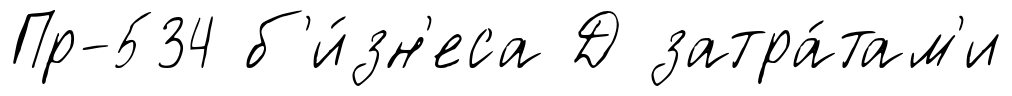
Пр-534 б'и́зн'еса Д затра́там'и